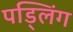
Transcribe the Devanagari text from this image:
पड्लिंग